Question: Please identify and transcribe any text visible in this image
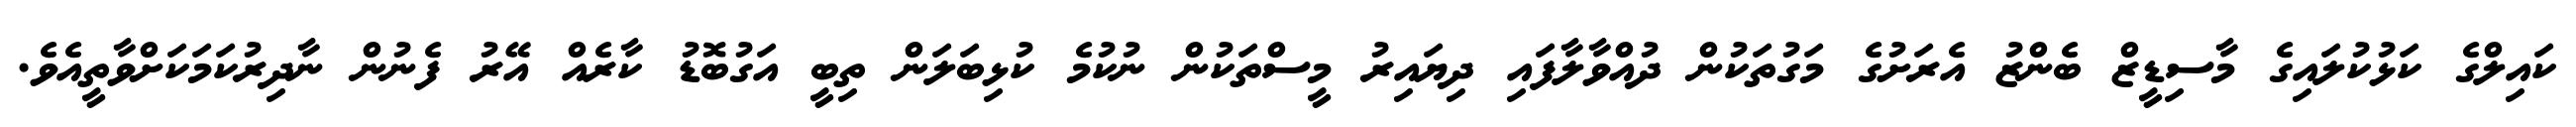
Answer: ކައިލްގެ ކަޅުކުލައިގެ މާސިޑީޒް ބެންޒު އެރަށުގެ މަގުތަކުން ދުއްވާލާފައި ދިޔައިރު މީސްތަކުން ނުކުމެ ކުޅިބަލަން ތިބީ އަގުބޮޑު ކާރެއް އޭރު ފެނުން ނާދިރުކަމަކަށްވާތީއެވެ.